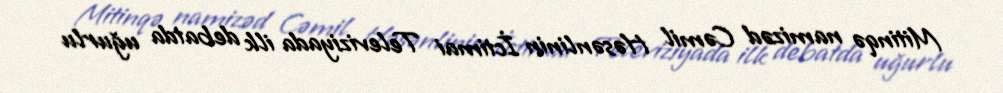
Mitinqə namizəd Cəmil Həsənlinin İctimai Televiziyada ilk debatda uğurlu